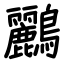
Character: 鸝